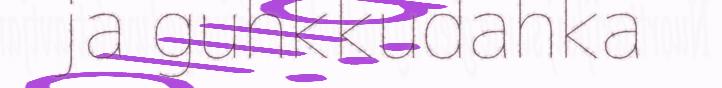
ja guhkkudahka